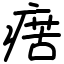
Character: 瘔